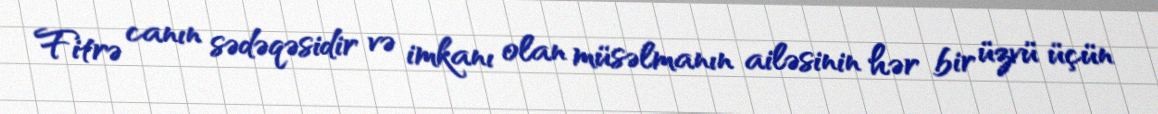
Fitrə canın sədəqəsidir və imkanı olan müsəlmanın ailəsinin hər bir üzvü üçün